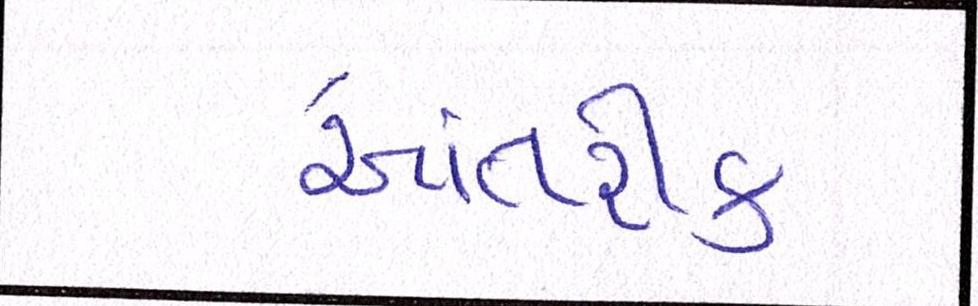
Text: આંતરીક